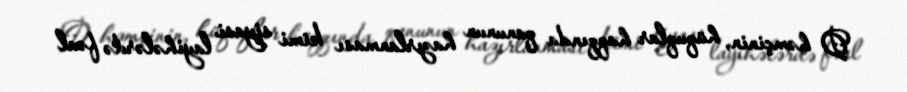
O həmçinin, hüquqlar haqqında qanunun hazırlanması kimi siyasi layihələrdə fəal